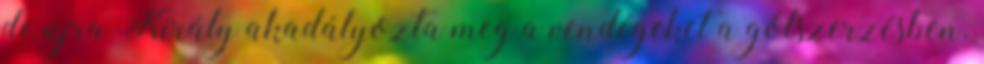
de újra Király akadályozta meg a vendégeket a gólszerzésben.